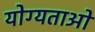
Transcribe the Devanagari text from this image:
योग्यताओ